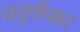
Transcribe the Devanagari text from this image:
चतुर्थपाद